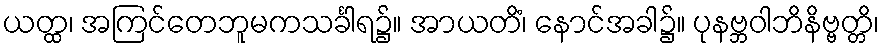
ယတ္ထ၊ အကြင်တေဘူမကသင်္ခါရ၌။ အာယတိံ၊ နောင်အခါ၌။ ပုနဗ္ဘဝါဘိနိဗ္ဗတ္တိ၊